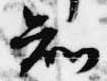
知